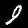
Digit: 9